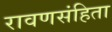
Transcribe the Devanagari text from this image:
रावणसंहिता